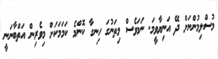
މުސްލިމުންނަށް ދޭ އަނިޔާވީމަ. ނަމަވެސް މިތަނުގަ ހިނގާ ކޮންމެ ކަމަމަކަށް މިވެރިން އަތްބާނަނީ